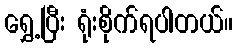
ရွှေ့ပြီး ရုံးစိုက်ရပါတယ်။